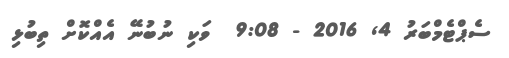
ސެޕްޓެމްބަރު 4